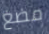
مضغ